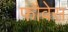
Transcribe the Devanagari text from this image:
फौवेस